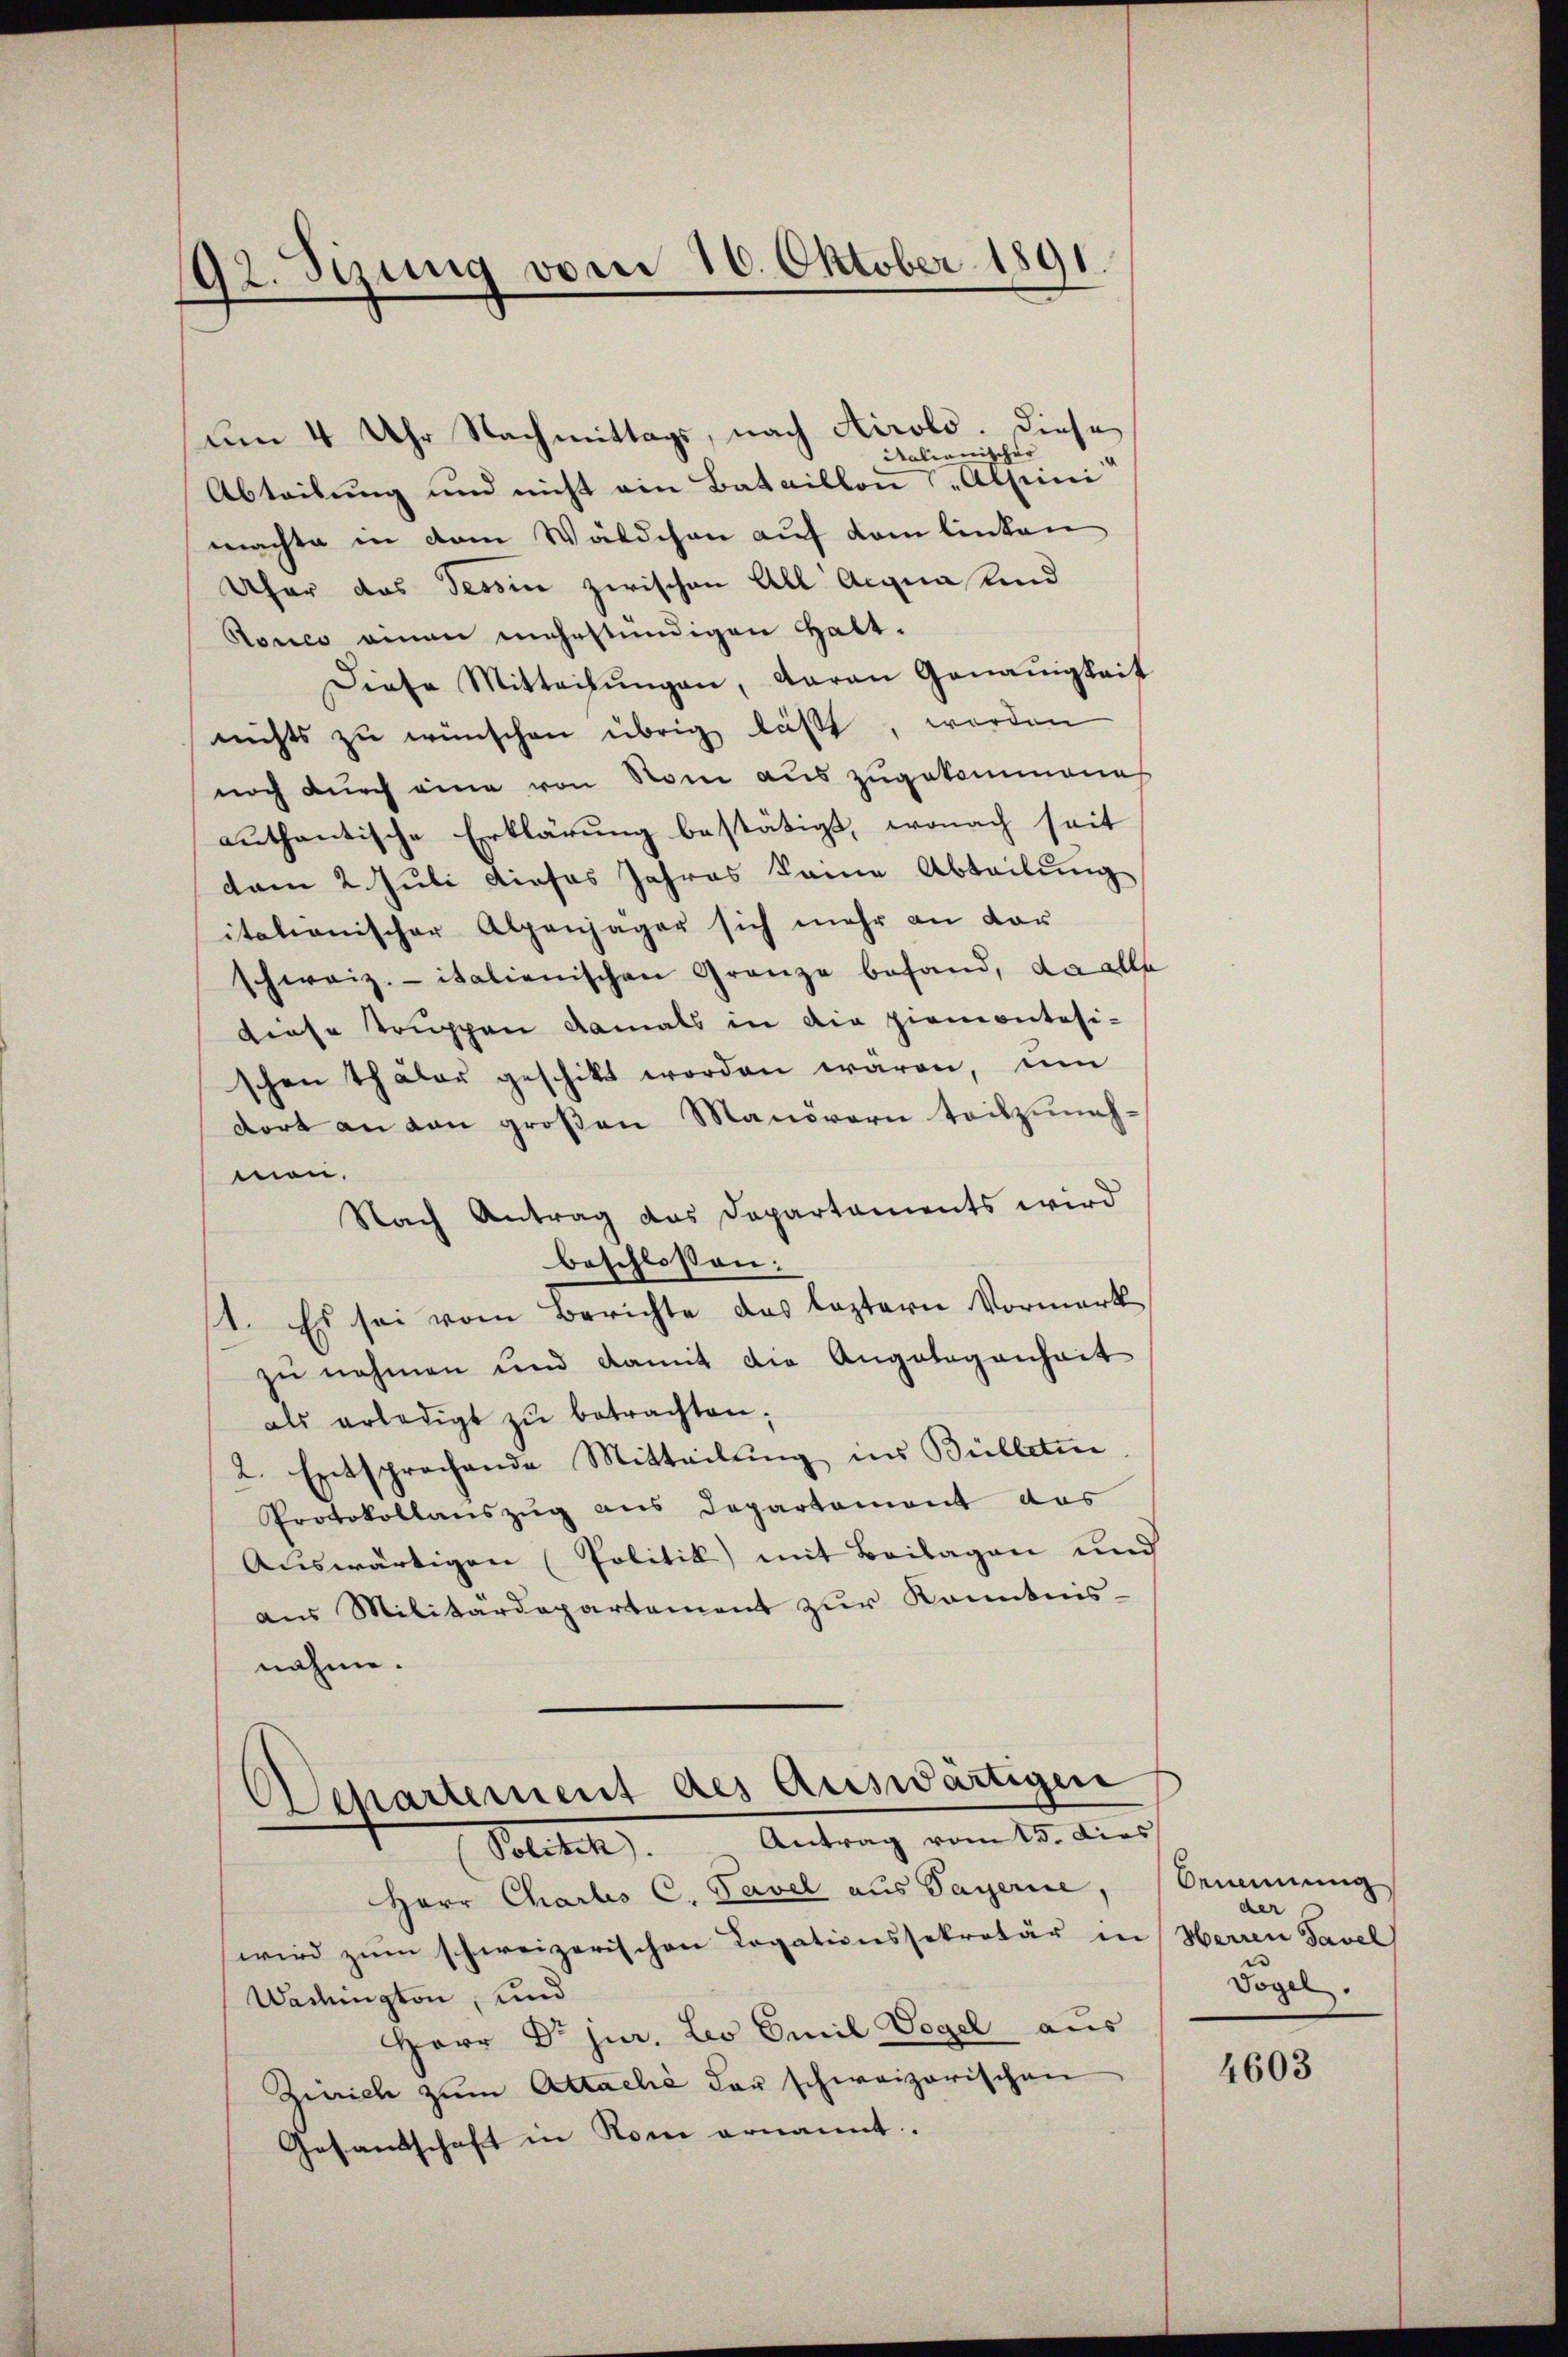
92. Sizung vom 16. Oktober 1891.

um 4 Uhr Nachmittags, nach Airolo. Diese
Malienischer
Abteilung und nicht ein Bataillon („Alpini
machte in dem Wäldchen auf dem linken
Uhar das Tessin zwischen All Acqua und
Ronco einen mehrstündigen Halt.
Diese Mitteilŭngen, daran Genauigkeit
nichts zu wünschen übrig läßt, worden
noch durch eine von Rom aus zugekommene
authentische Erklärung bestätigt, wonach seit
vom 2. Juli dieses Jahres keine Abteilung
italienischer Alpenjäger sich mehr an dor
schweiz. italienischen Granze befand, da alle
diese Truppen damals in die ziemontesischen Thäler geschikt worden wären, um
dort an von großen Manövern teilzunehmen.
Nach Antrag das Departaments wird
beschlossen:
1. Es sei vom Berichte des leztern Vormerk
zu nehmen und damit die Angelegenheit
als erledigt zŭ betrachten;
2. Entsprochende Mitteilung ins Bülletin
Protokollauszug aus Departement das
Auswärtigen (Politik mit Beilagen und
aus Militärdepartement zur Kenntnis-
nahme.
Departement des Auswärtigen
Politik. Antrag vom 15. Dies
Herr Charbes C. Pavel aus Sagerne,
wird zum schweizerischen Rogationssekretär in Herren Tavel
Washington, und
Herr Dr jur. Leo Emil Vogel aus
Zürich zum Actaché der schweizerischen
Gesandtschaft in Rom ernannt.

Oemeinung
der
Vogel.

4603